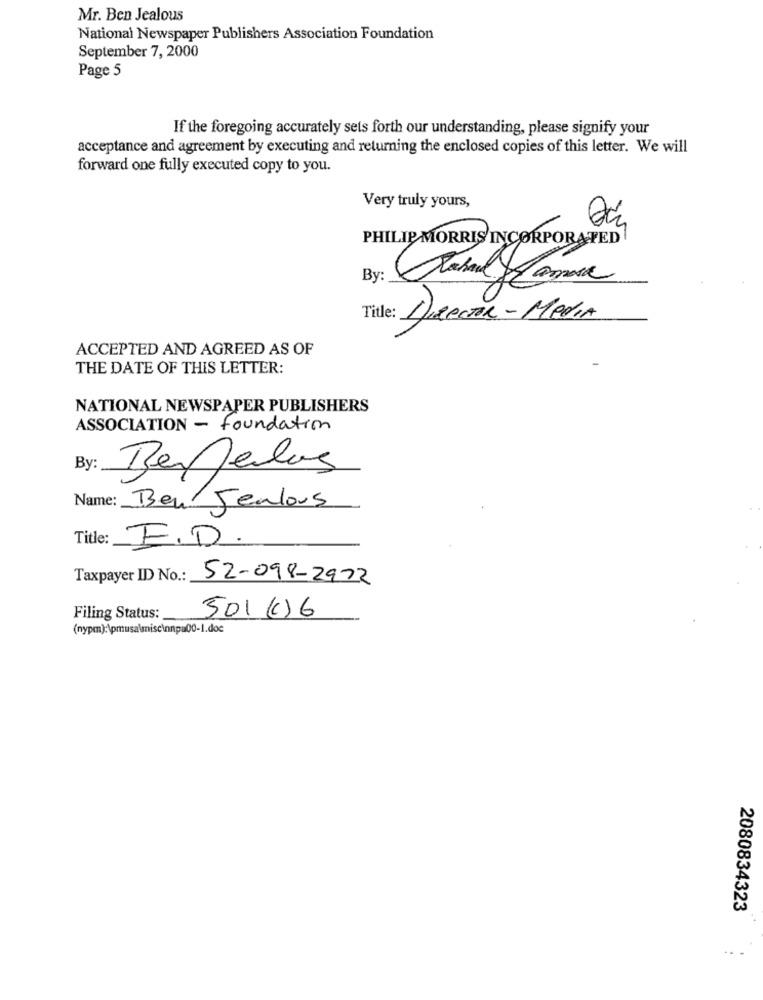
Mr. Ben Jealous
National Newspaper Publishers Association Foundation
September 7, 2000
Page 5
If the foregoing accurately sets forth our understanding, please signify your
acceptance and agreement by executing and returning the enclosed copies of this letter. We will
forward one fully executed copy to you.
Very truly yours,
PHILIP MORRIS INCORPORATED
By:
Title: DIRECTOR - Media
ACCEPTED AND AGREED AS OF
THE DATE OF THIS LETTER:
NATIONAL NEWSPAPER PUBLISHERS
ASSOCIATION - foundation
By:
BenJelas
Name: Ben Jealous
Title:
E.D.
Taxpayer ID No .: 52-098-2972
Filing Status:
501 ()6
(nypm):\pmusa\misc\nnp=00-1.doc
2080834323
..